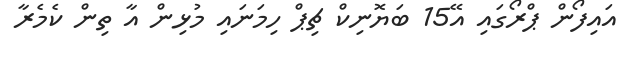
އައިފޯން ޕްރޯގައި އޭ15 ބަޔޮނިކް ޗިޕް ހިމަނައި މުޅިން އާ ތިން ކެމެރާ